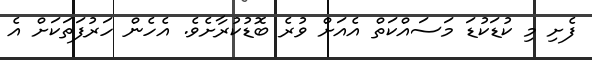
ފެށި މި ކުޑަކުޑަ މަސައްކަތް އެއަށް ވުރެ ބޮޑުކުރާށެވެ. އެހެން ހަރުފަތަކަށް އެ